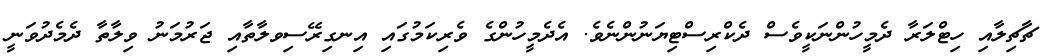
ޗާޗިލާއި ހިޓްލަރާ ދެމީހުންނަކީވެސް ދެކްރިސްޓިޔަނުންނެވެ. އެދެމީހުންގެ ވެރިކަމުގައި އިނގިރޭސިވލާތާއި ޖަރުމަނު ވިލާތާ ދެމެދުވަނީ